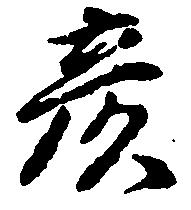
彦